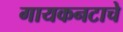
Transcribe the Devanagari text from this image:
गायकनटाचे